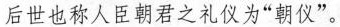
后世也称人臣朝君之礼仪为”朝仪”。